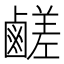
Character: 鹺